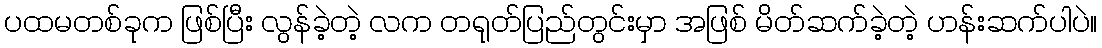
ပထမတစ်ခုက ဖြစ်ပြီး လွန်ခဲ့တဲ့ လက တရုတ်ပြည်တွင်းမှာ အဖြစ် မိတ်ဆက်ခဲ့တဲ့ ဟန်းဆက်ပါပဲ။